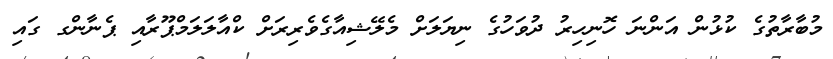
މުބާރާތުގެ ކުޅުން އަންނަ ހޮނިހިރު ދުވަހުގެ ނިޔަލަށް މެލޭޝިއާގެވެރިރަށް ކްއާލަލަމްޕޫރާއި ޕެނާންގ ގައި